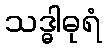
သဒ္ဓါဓုရံ